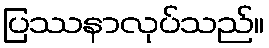
ပြဿနာလုပ်သည်။